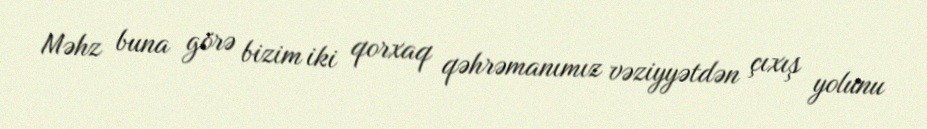
Məhz buna görə bizim iki qorxaq qəhrəmanımız vəziyyətdən çıxış yolunu